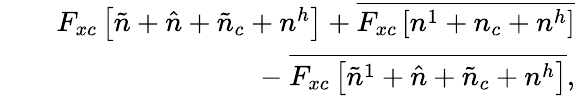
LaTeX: \begin{array}{rlr}&{}&{F_{xc}\left[\tilde{n}+\hat{n}+\tilde{n}_{c}+n^{h}\right]+\overline{{F_{xc}\left[n^{1}+n_{c}+n^{h}\right]}}}\\ &{}&{-~\overline{{F_{xc}\left[\tilde{n}^{1}+\hat{n}+\tilde{n}_{c}+n^{h}\right]}},}\end{array}